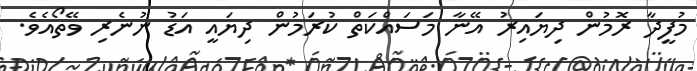
މުފީދާ ރޮމުން ދިޔައިރު އޭނާ މަސައްކަތް ކުރަމުން ދިޔައީ އަޑު ނުނެރި ވޭތޯއެވެ.